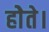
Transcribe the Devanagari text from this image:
होेते।